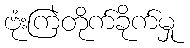
ဗုံးကြဲတိုက်ခိုက်မှု